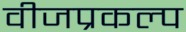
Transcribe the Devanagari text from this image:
वीजप्रकल्प